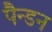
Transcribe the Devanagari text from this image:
पैन्डन